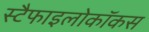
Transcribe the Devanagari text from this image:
स्टैफाइलोकॉकस